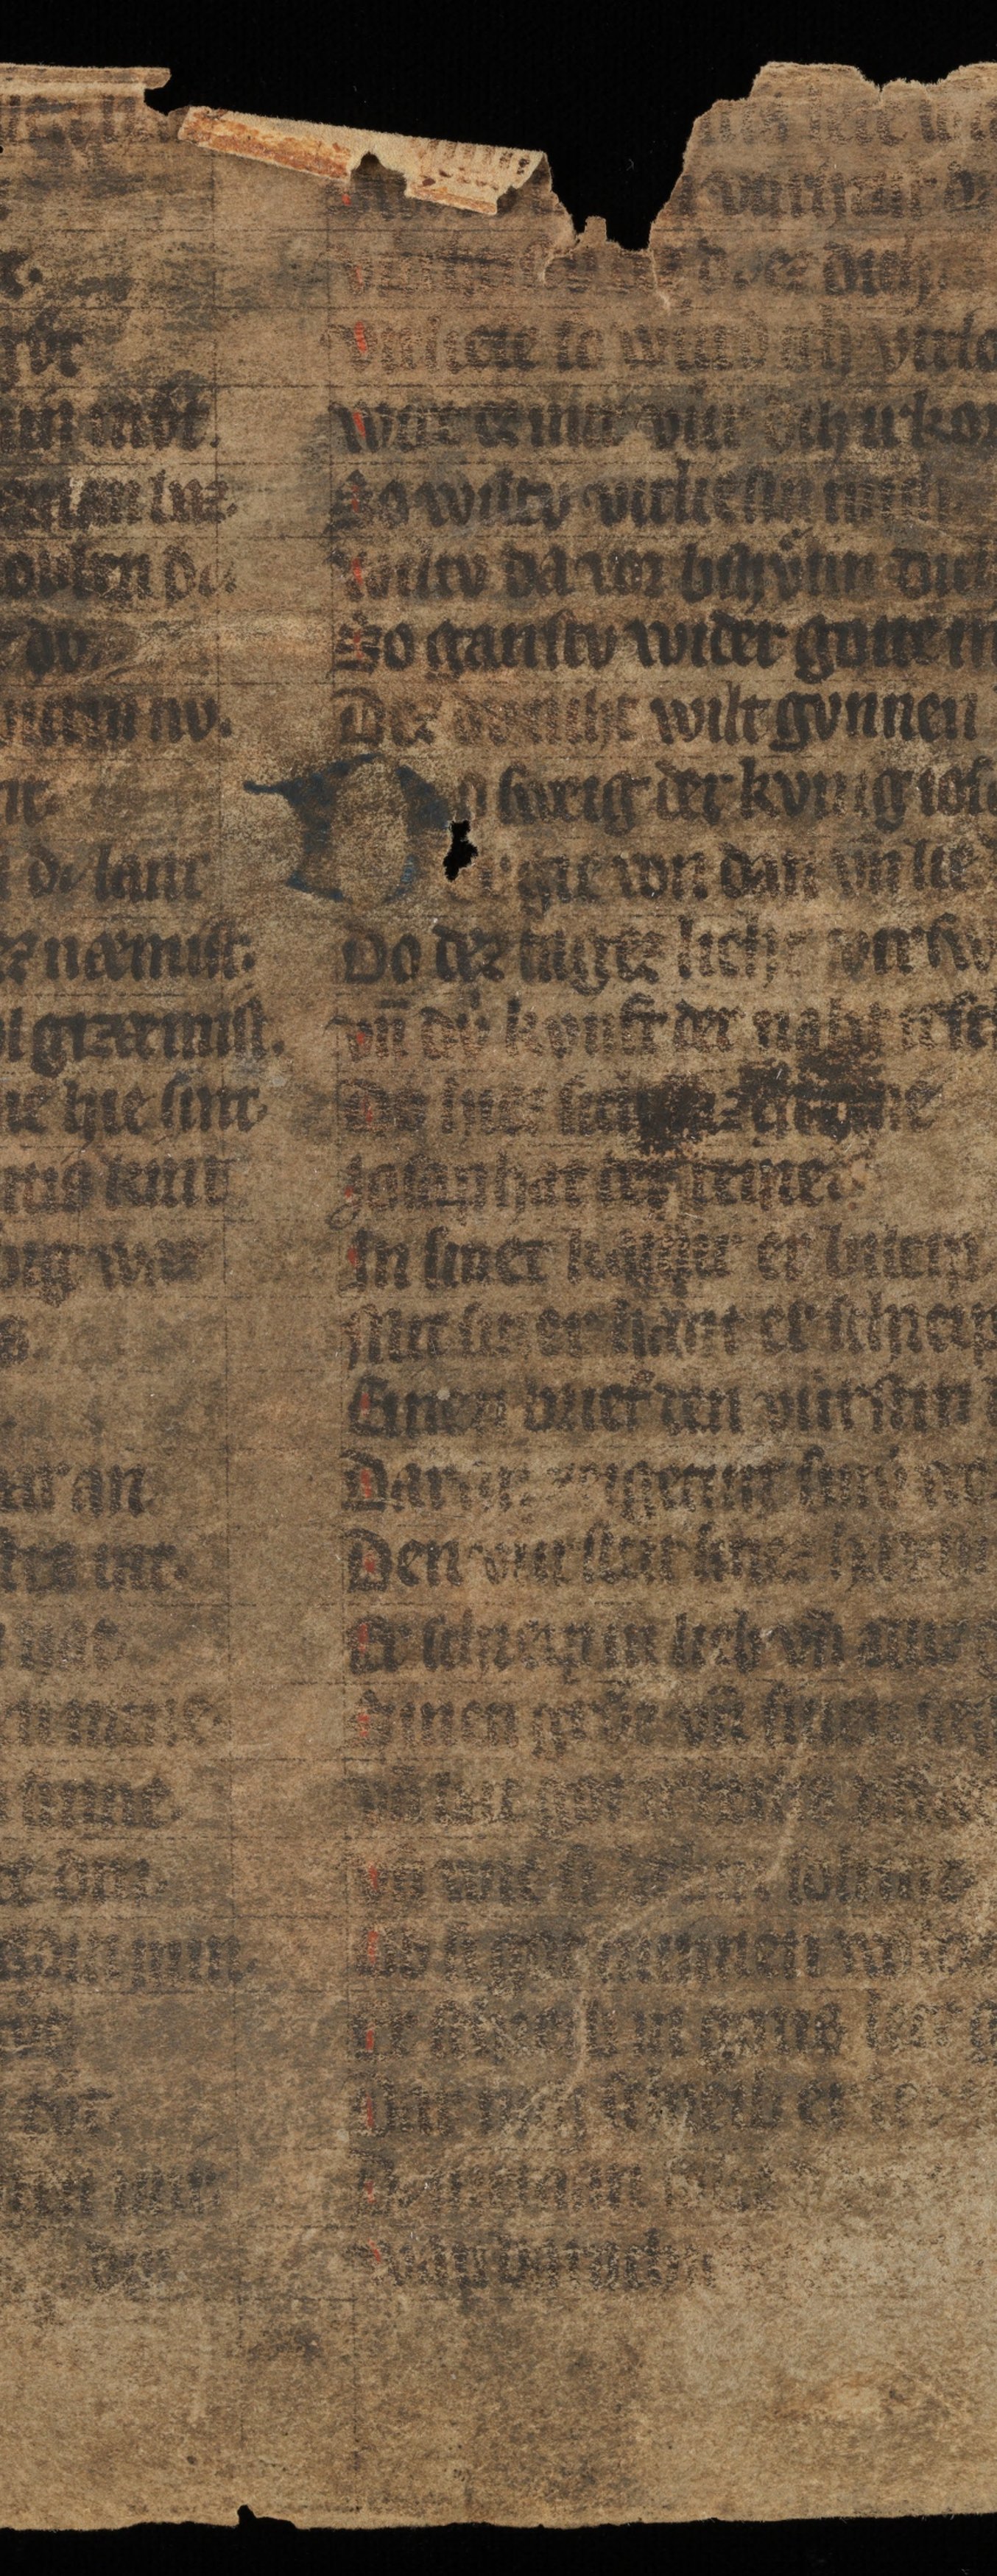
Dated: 1300–1349